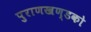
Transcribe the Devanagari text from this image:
पुराणखण्डको